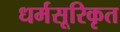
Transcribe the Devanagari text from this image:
धर्मसूरिकृत